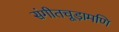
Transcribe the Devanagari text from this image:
संगीतचूड़ामणि